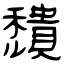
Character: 穨